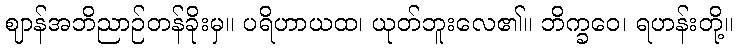
ဈာန်အဘိညာဉ်တန်ခိုးမှ။ ပရိဟာယထ၊ ယုတ်ဘူးလေ၏။ ဘိက္ခဝေ၊ ရဟန်းတို့။